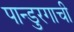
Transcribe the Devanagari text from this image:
पान्डुरगाची